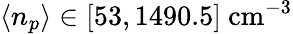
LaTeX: \langle n_{p}\rangle\in[53,1490.5]~\mathrm{cm^{-3}}